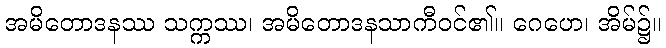
အမိတောဒနဿ သက္ကဿ၊ အမိတောဒနသာကီဝင်၏။ ဂေဟေ၊ အိမ်၌။